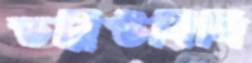
ডব্লিউবিসি